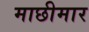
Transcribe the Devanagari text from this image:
माछीमार